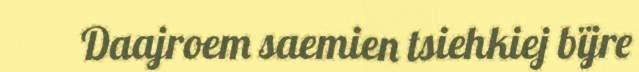
Daajroem saemien tsiehkiej bïjre